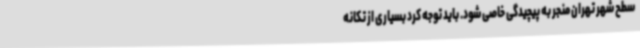
سطح شهر تهران منجر به پیچیدگی خاصی شود. باید توجه کرد بسیاری از تکانه